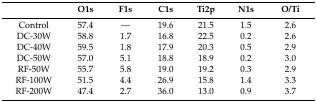
|  | O1s | F1s | C1s | Ti2p | N1s | O/Ti |
 | --- | --- | --- | --- | --- | --- | --- |
 | Control | 57.4 | ― | 19.6 | 21.5 | 1.5 | 2.6 |
 | DC-30W | 58.8 | 1.7 | 16.8 | 22.5 | 0.2 | 2.6 |
 | DC-40W | 59.5 | 1.8 | 17.9 | 20.3 | 0.5 | 2.9 |
 | DC-50W | 57.0 | 5.1 | 18.8 | 18.9 | 0.2 | 3.0 |
 | RF-50W | 55.7 | 5.8 | 19.0 | 19.2 | 0.3 | 2.9 |
 | RF-100W | 51.5 | 4.4 | 26.9 | 15.8 | 1.4 | 3.3 |
 | RF-200W | 47.4 | 2.7 | 36.0 | 13.0 | 0.9 | 3.7 |